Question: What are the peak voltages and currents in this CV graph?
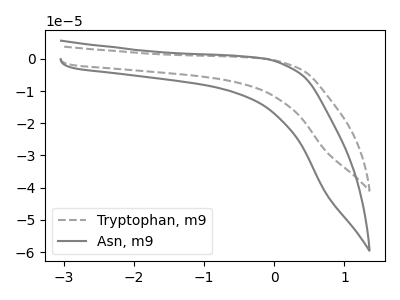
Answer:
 <answer>The gray dashed curve "Tryptophan, m9" has no peaks. The gray curve "Asn, m9" has no peaks.</answer>
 <eval></eval>